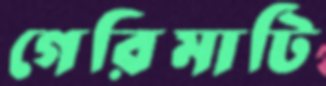
গেরিমাটি